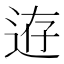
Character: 𨒸